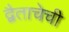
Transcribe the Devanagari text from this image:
द्वैताचेची